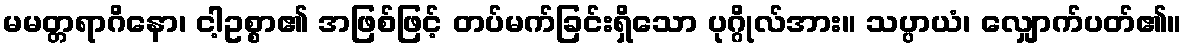
မမတ္တရာဂိနော၊ ငါ့ဥစ္စာ၏ အဖြစ်ဖြင့် တပ်မက်ခြင်းရှိသော ပုဂ္ဂိုလ်အား။ သပ္ပာယံ၊ လျှောက်ပတ်၏။